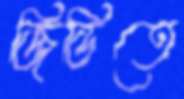
জিডিতে